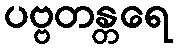
ပဗ္ဗတန္တရေ